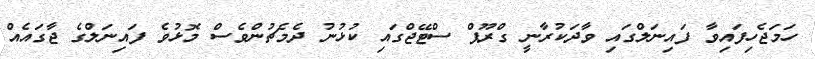
ހަމަޖެހިފައިވާ ފައިނަލްގައި ވާދަކުރާނީ ގްރޫޕް ސްޓޭޖްގައި ކުޅުނު ދެމެޗުންވެސް މޮޅުވެ ފައިނަލްގެ ޖާގައެއް